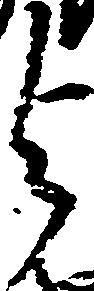
与